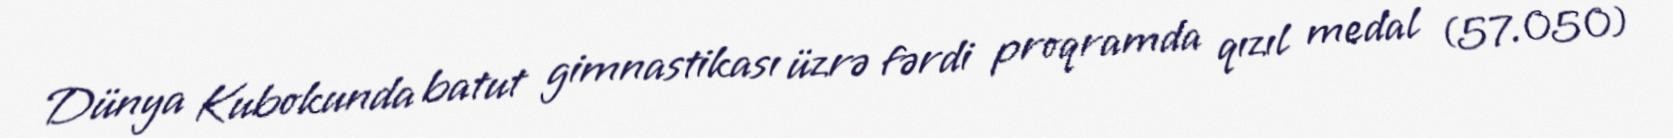
Dünya Kubokunda batut gimnastikası üzrə fərdi proqramda qızıl medal (57.050)